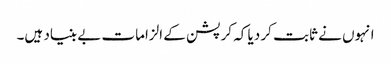
انہوں نے ثابت کر دیا کہ کرپشن کے الزامات بے بنیاد ہیں۔